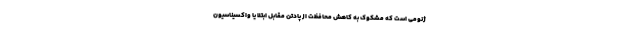
ژنومی است که مشکوک به کاهش محافظت از پادتن مقابل ابتلا یا واکسیناسیون‌